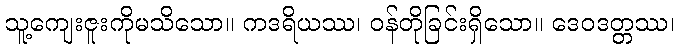
သူ့ကျေးဇူးကိုမသိသော။ ကဒရိယဿ၊ ဝန်တိုခြင်းရှိသော။ ဒေဝဒတ္တဿ၊